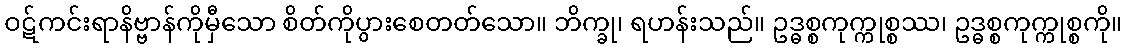
ဝဋ်ကင်းရာနိဗ္ဗာန်ကိုမှီသော စိတ်ကိုပွားစေတတ်သော။ ဘိက္ခု၊ ရဟန်းသည်။ ဥဒ္ဓစ္စကုက္ကုစ္စဿ၊ ဥဒ္ဓစ္စကုက္ကုစ္စကို။